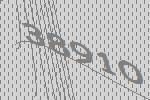
38910